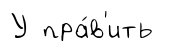
У пра́в'ить